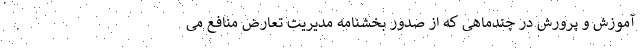
آموزش و پرورش در چندماهی که از صدور بخشنامه مدیریت تعارض منافع می